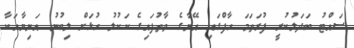
ސައްޓު ބަދަލުކުރީ ފުރަތަމަ ހާފްގައި އޭނާގެ ވާތުފައިގެ ކަކުލު ހުޅަށް ލިބުނު އަނިޔާއަކާ